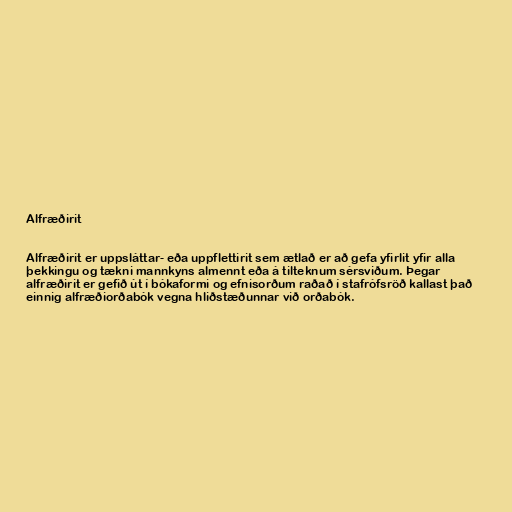
Alfræðirit

Alfræðirit er uppsláttar- eða uppflettirit sem ætlað er að gefa yfirlit yfir alla
þekkingu og tækni mannkyns almennt eða á tilteknum sérsviðum. Þegar
alfræðirit er gefið út í bókaformi og efnisorðum raðað í stafrófsröð kallast það
einnig alfræðiorðabók vegna hliðstæðunnar við orðabók.